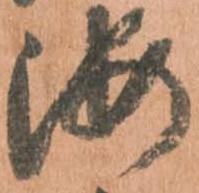
海